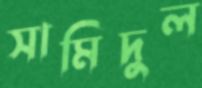
সামিদুল